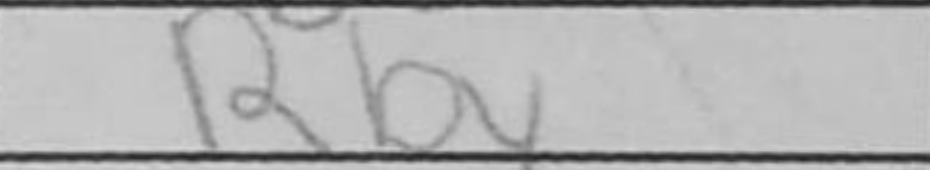
Transcription: Rb4